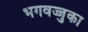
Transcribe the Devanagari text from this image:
भगवज्जुका